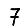
Digit: 7